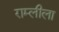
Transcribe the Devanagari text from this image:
राम्लीला